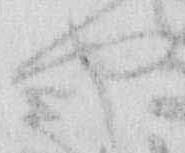
や